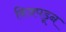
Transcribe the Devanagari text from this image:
विजपडून